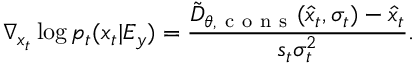
\nabla _ { x _ { t } } \log { p _ { t } ( x _ { t } | E _ { y } ) } = \frac { \tilde { D } _ { \theta , \mathrm { ~ c ~ o ~ n ~ s ~ } } ( \hat { x } _ { t } , \sigma _ { t } ) - \hat { x } _ { t } } { s _ { t } \sigma _ { t } ^ { 2 } } .